Civil Veterinary Dept. Assam report 1911-1927 - 1911-1927
Year: 1911
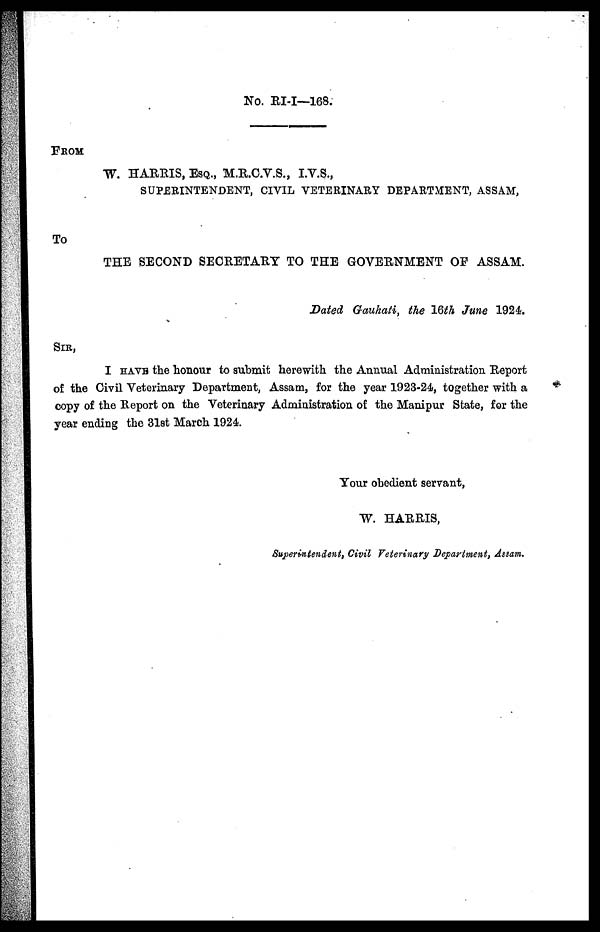
No. RI-I—168.
FROM
W. HARRIS, ESQ., M.R.C.V.S., I.V.S.,
SUPERINTENDENT, CIVIL VETERINARY DEPARTMENT, ASSAM,
To
THE SECOND SECRETARY TO THE GOVERNMENT OF ASSAM.
Dated Gauhati, the 16th June 1924.
SIR,
I HAVE the honour to submit herewith the Annual Administration Report
of the Civil Veterinary Department, Assam, for the year 1923-24, together with a
copy of the Report on the Veterinary Administration of the Manipur State, for the
year ending the 31st March 1924.
Your obedient servant,
W. HARRIS,
Superintendent, Civil Veterinary Department, Assam.